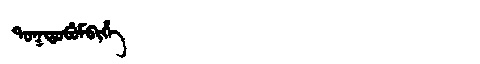
Manchu: ᡨᠣᡴᡨᠣᠪᡠᠮᠪᡳᡥᡝ
Romanization: TOKTOBUMBIHE